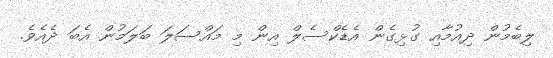
ލިބެމުން ދިއުމާއި ގުޅިގެން އެޑެކްސެލް އިން މި މައްސަލަ ބަލަމުން އެބަ ދެއެވެ.